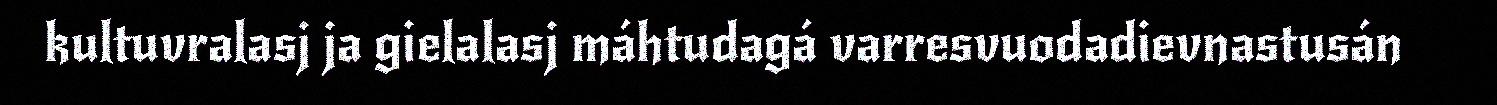
kultuvralasj ja gielalasj máhtudagá varresvuodadievnastusán